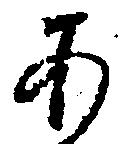
あ